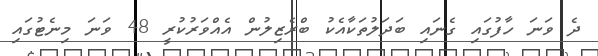
ދެ ވަނަ ހާފުގައި ގެނައި ބަދަލުތަކާއެކު ބްރެޒިލުން އެއްވަރުކުރީ 48 ވަނަ މިނެޓުގައި